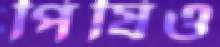
পিষিও